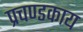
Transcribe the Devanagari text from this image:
प्रचण्डकाय